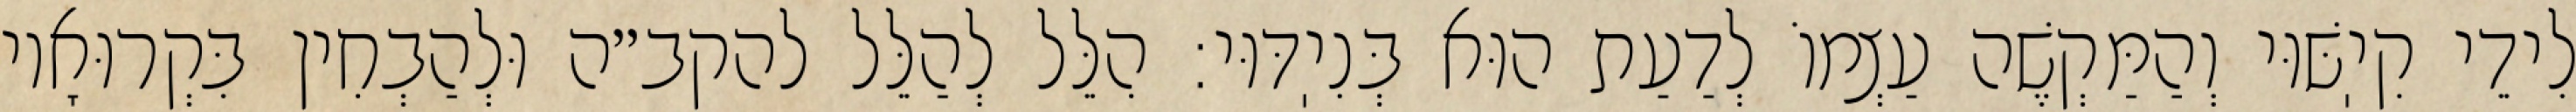
לִידֵי קִיֽשּׁוּי וְהַמַּקְשֶׁה עַצְמוֹ לְדַעַת הוּא בְּנִיֽדּוּי: הִלֵּל לְהַלֵּל להקב״ה וּלְהַבְחִין בִּקְרוּאָיו